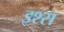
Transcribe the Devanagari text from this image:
इश्स